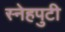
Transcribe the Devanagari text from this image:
स्नेहपुटी